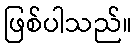
ဖြစ်ပါသည်။